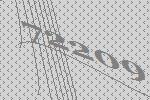
72209